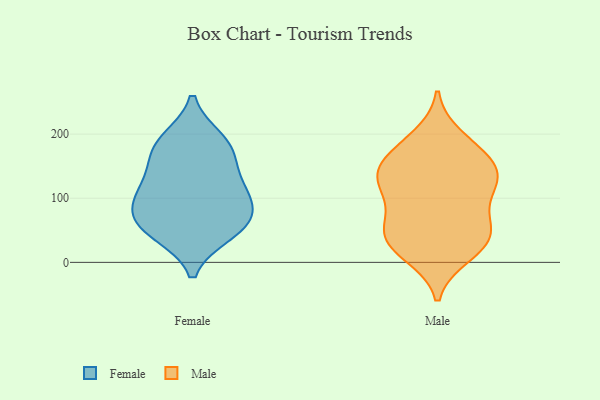
{"axis": {"x": "Customer Acquisition Cost (USD)", "y": "Value"}, "legend": ["Female", "Male"], "data": [{"x": "", "y": 111, "type": "Female"}, {"x": "", "y": 139, "type": "Female"}, {"x": "", "y": 52, "type": "Female"}, {"x": "", "y": 99, "type": "Female"}, {"x": "", "y": 68, "type": "Female"}, {"x": "", "y": 103, "type": "Female"}, {"x": "", "y": 46, "type": "Female"}, {"x": "", "y": 183, "type": "Female"}, {"x": "", "y": 190, "type": "Female"}, {"x": "", "y": 171, "type": "Female"}, {"x": "", "y": 62, "type": "Female"}, {"x": "", "y": 118, "type": "Male"}, {"x": "", "y": 155, "type": "Male"}, {"x": "", "y": 124, "type": "Male"}, {"x": "", "y": 165, "type": "Male"}, {"x": "", "y": 18, "type": "Male"}, {"x": "", "y": 196, "type": "Male"}, {"x": "", "y": 53, "type": "Male"}, {"x": "", "y": 147, "type": "Male"}, {"x": "", "y": 127, "type": "Male"}, {"x": "", "y": 57, "type": "Male"}, {"x": "", "y": 26, "type": "Male"}, {"x": "", "y": 138, "type": "Male"}, {"x": "", "y": 42, "type": "Male"}, {"x": "", "y": 111, "type": "Male"}, {"x": "", "y": 78, "type": "Male"}, {"x": "", "y": 11, "type": "Male"}, {"x": "", "y": 46, "type": "Male"}, {"x": "", "y": 182, "type": "Male"}]}